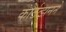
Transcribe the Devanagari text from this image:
कोर्टत्झनने